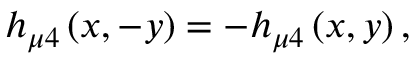
h _ { \mu 4 } \left( x , - y \right) = - h _ { \mu 4 } \left( x , y \right) ,